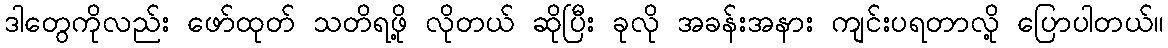
ဒါတွေကိုလည်း ဖော်ထုတ် သတိရဖို့ လိုတယ် ဆိုပြီး ခုလို အခန်းအနား ကျင်းပရတာလို့ ပြောပါတယ်။